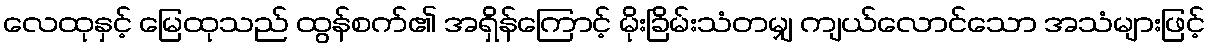
လေထုနှင့် မြေထုသည် ထွန်စက်၏ အရှိန်ကြောင့် မိုးခြိမ်းသံတမျှ ကျယ်လောင်သော အသံများဖြင့်